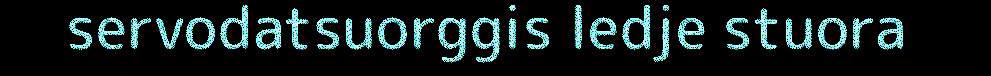
servodatsuorggis ledje stuora